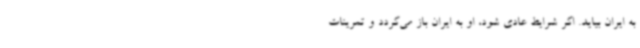
به ایران بیاید. اگر شرایط عادی شود، او به ایران باز می‌گردد و تمرینات